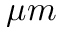
\mu m